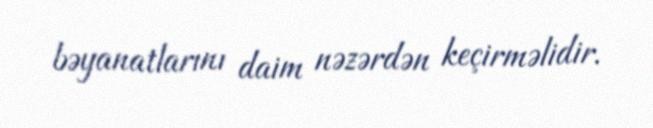
bəyanatlarını daim nəzərdən keçirməlidir.